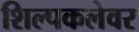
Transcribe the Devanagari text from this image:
शिल्पकलेवर